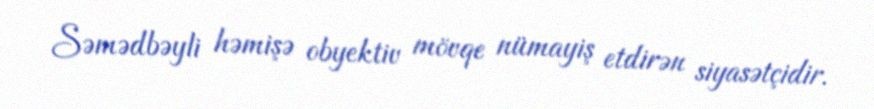
Səmədbəyli həmişə obyektiv mövqe nümayiş etdirən siyasətçidir.